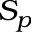
S _ { p }